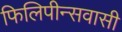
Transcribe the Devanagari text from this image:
फिलिपीन्सवासी